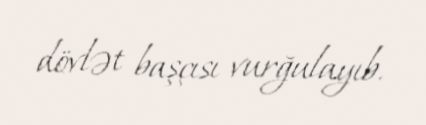
dövlət başçısı vurğulayıb.